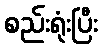
စည်းရုံးပြီး